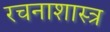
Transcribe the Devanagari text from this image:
रचनाशास्त्र